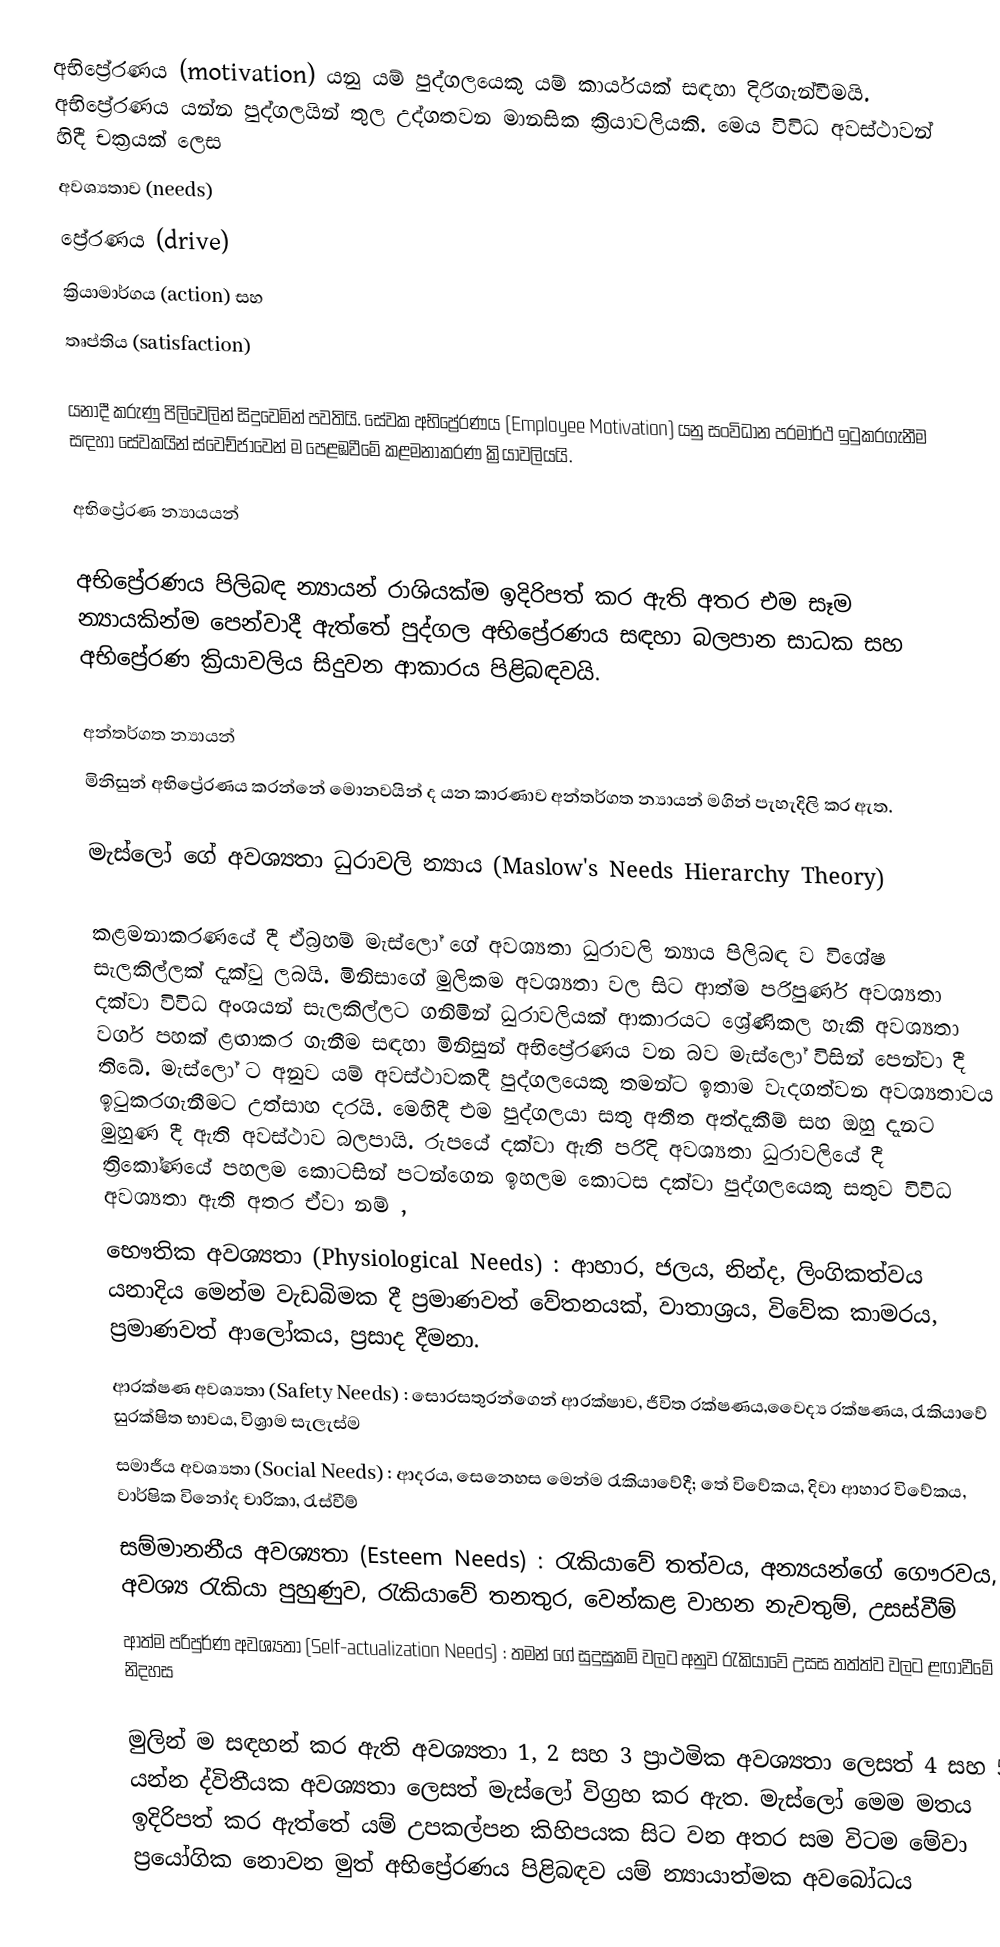
අභිප්‍රේරණය (motivation) යනු යම් පුද්ගලයෙකු යම් කාර්යයක් සඳහා දිරිගැන්වීමයි. අභිප්‍රේරණය යන්න පුද්ගලයින් තුල උද්ගතවන මානසික ක්‍රියාවලියකි. මෙය විවිධ අවස්ථාවන් හිදී චක්‍රයක් ලෙස
 අවශ්‍යතාව (needs)
 ප්‍රේරණය (drive)
 ක්‍රියාමාර්ගය (action) සහ
 තෘප්තිය (satisfaction)

යනාදී කරුණු පිලිවෙලින් සිදුවෙමින් පවතියි. සේවක අභිප්‍රේරණය (Employee Motivation) යනු සංවිධාන පරමාර්ථ ඉටුකරගැනීම සඳහා සේවකයින් ස්වෙච්ජාවෙන් ම පෙළඹවීමේ කළමනාකරණ ක්‍රියාවලියයි.

අභිප්‍රේරණ න්‍යායයන්

අභිප්‍රේරණය පිලිබඳ න්‍යායන් රාශියක්ම ඉදිරිපත් කර ඇති අතර එම සෑම න්‍යායකින්ම පෙන්වාදී ඇත්තේ පුද්ගල අභිප්‍රේරණය සඳහා බලපාන සාධක සහ අභිප්‍රේරණ ක්‍රියාවලිය සිදුවන ආකාරය පිළිබඳවයි.

අන්තර්ගත න්‍යායන්
මිනිසුන් අභිප්‍රේරණය කරන්නේ මොනවයින් ද යන කාරණාව අන්තර්ගත න්‍යායන් මගින් පැහැදිලි කර ඇත.

මැස්ලෝ ගේ අවශ්‍යතා ධුරාවලි න්‍යාය (Maslow's Needs Hierarchy Theory)

කළමනාකරණයේ දී ඒබ්‍රහම් මැස්ලෝ ගේ අවශ්‍යතා ධුරාවලි න්‍යාය පිලිබඳ ව විශේෂ සැලකිල්ලක් දැක්වු ලබයි. මිනිසාගේ මුලිකම අවශ්‍යතා වල සිට ආත්ම පරිපුර්ණ අවශ්‍යතා දක්වා විවිධ අංශයන් සැලකිල්ලට ගනිමින් ධුරාවලියක් ආකාරයට ශ්‍රේණිකල හැකි අවශ්‍යතා වර්ග පහක් ළඟාකර ගැනීම සඳහා මිනිසුන් අභිප්‍රේරණය වන බව මැස්ලෝ විසින් පෙන්වා දී තිබේ. මැස්ලෝ ට අනුව යම් අවස්ථාවකදී පුද්ගලයෙකු තමන්ට ඉතාම වැදගත්වන අවශ්‍යතාවය ඉටුකරගැනීමට උත්සාහ දරයි. මෙහිදී එම පුද්ගලයා සතු අතීත අත්දැකීම් සහ ඔහු දැනට මුහුණ දී ඇති අවස්ථාව බලපායි. රුපයේ දක්වා ඇති පරිදි අවශ්‍යතා ධුරාවලියේ දී ත්‍රිකෝණයේ පහලම කොටසින් පටන්ගෙන ඉහලම කොටස දක්වා පුද්ගලයෙකු සතුව විවිධ අවශ්‍යතා ඇති අතර ඒවා නම් ,
 භෞතික අවශ්‍යතා (Physiological Needs) : ආහාර, ජලය, නින්ද, ලිංගිකත්වය යනාදිය මෙන්ම වැඩබිමක දී ප්‍රමාණවත් වේතනයක්, වාතාශ්‍රය, විවේක කාමරය, ප්‍රමාණවත් ආලෝකය, ප්‍රසාද දීමනා.
 ආරක්ෂණ අවශ්‍යතා (Safety Needs) : සොරසතුරන්ගෙන් ආරක්ෂාව, ජීවිත රක්ෂණය,වෛද්‍ය රක්ෂණය, රැකියාවේ සුරක්ෂිත භාවය, විශ්‍රාම සැලැස්ම
 සමාජීය අවශ්‍යතා (Social Needs) : ආදරය, සෙනෙහස මෙන්ම රැකියාවේදී; තේ විවේකය, දිවා ආහාර විවේකය, වාර්ෂික විනෝද චාරිකා, රැස්වීම්
 සම්මානනීය අවශ්‍යතා (Esteem Needs) : රැකියාවේ තත්වය, අන්‍යයන්ගේ ගෞරවය, අවශ්‍ය රැකියා පුහුණුව, රැකියාවේ තනතුර, වෙන්කළ වාහන නැවතුම්, උසස්වීම්
 ආත්ම පරිපුර්ණ අවශ්‍යතා (Self-actualization Needs) : තමන් ගේ සුදුසුකම් වලට අනුව රැකියාවේ උසස තත්ත්ව වලට ළඟාවීමේ නිදහස

මුලින් ම සඳහන් කර ඇති අවශ්‍යතා 1, 2 සහ 3 ප්‍රාථමික අවශ්‍යතා ලෙසත් 4 සහ 5 යන්න ද්විතීයක අවශ්‍යතා ලෙසත් මැස්ලෝ විග්‍රහ කර ඇත. මැස්ලෝ මෙම මතය ඉදිරිපත් කර ඇත්තේ යම් උපකල්පන කිහිපයක සිට වන අතර සම විටම මේවා ප්‍රයෝගික නොවන මුත් අභිප්‍රේරණය පිළිබඳව යම් න්‍යායාත්මක අවබෝධය